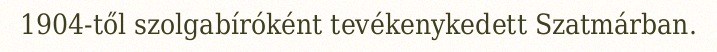
1904-től szolgabíróként tevékenykedett Szatmárban.